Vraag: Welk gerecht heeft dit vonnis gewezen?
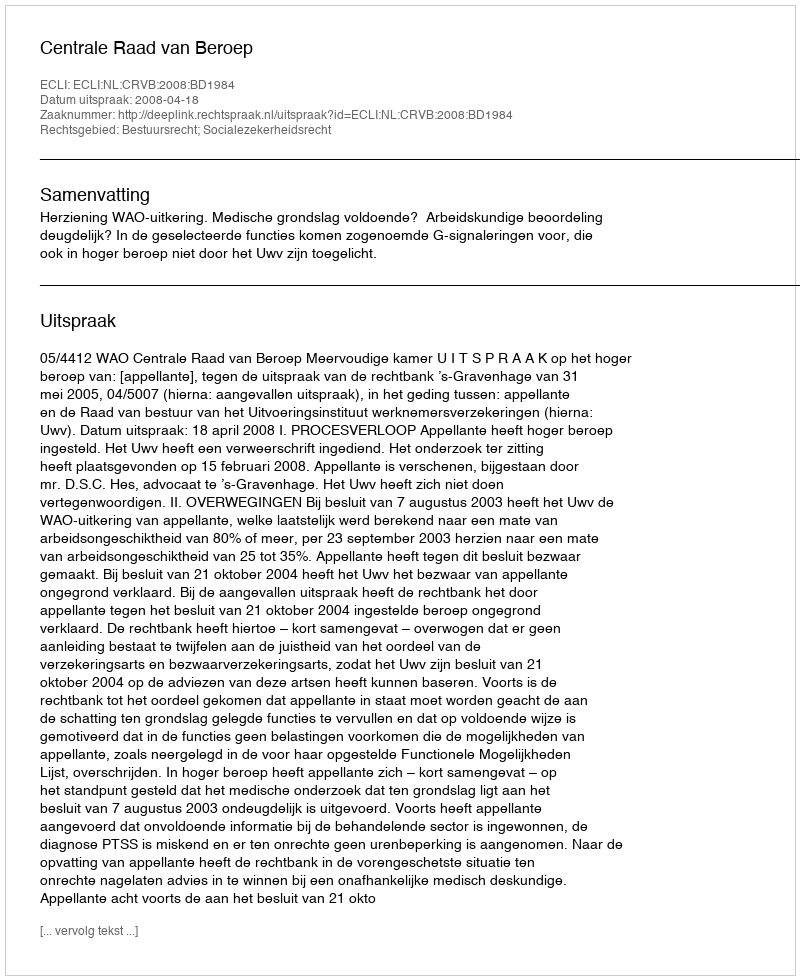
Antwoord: Centrale Raad van Beroep